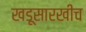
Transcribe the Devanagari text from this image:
खडूसारखीच